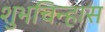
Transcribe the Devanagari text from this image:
शुभचिन्हास